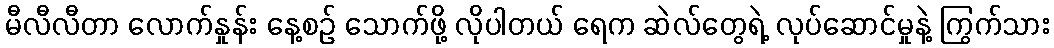
မီလီလီတာ လောက်နှုန်း နေ့စဉ် သောက်ဖို့ လိုပါတယ် ရေက ဆဲလ်တွေရဲ့ လုပ်ဆောင်မှုနဲ့ ကြွက်သား